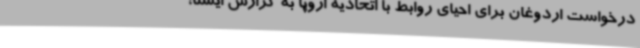
درخواست اردوغان برای احیای روابط با اتحادیه اروپا به گزارش ایسنا،